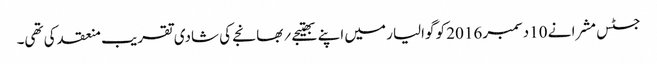
جسٹس مشرا نے 10دسمبر 2016 کو گوالیار میں اپنے بھتیجے؍بھانجے کی شادی تقریب منعقد کی تھی۔